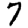
Digit: 7